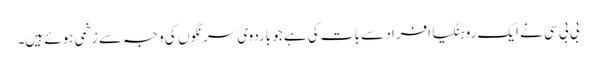
بی بی سی نے ایک روہنگیا افراد سے بات کی ہے جو باردوی سرنگوں کی وجہ سے زخمی ہوئے ہیں۔